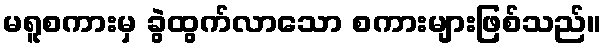
မရူစကားမှ ခွဲထွက်လာသော စကားများဖြစ်သည်။